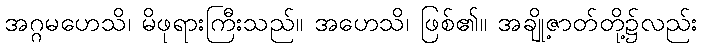
အဂ္ဂမဟေသိ၊ မိဖုရားကြီးသည်။ အဟေသိ၊ ဖြစ်၏။ အချို့ဇာတ်တို့၌လည်း